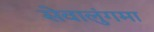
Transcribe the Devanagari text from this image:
सेवालुंगमा